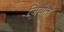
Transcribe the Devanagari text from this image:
जियोतो